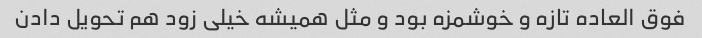
فوق العاده تازه و خوشمزه بود و مثل همیشه خیلی زود هم تحویل دادن